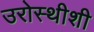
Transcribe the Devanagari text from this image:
उरोस्थीशी